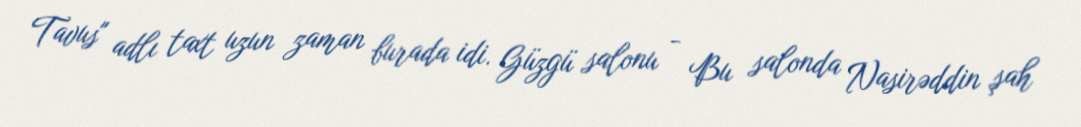
Tavus" adlı taxt uzun zaman burada idi. Güzgü salonu - Bu salonda Nasirəddin şah